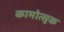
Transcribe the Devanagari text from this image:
कामोत्सुक